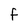
Character: f